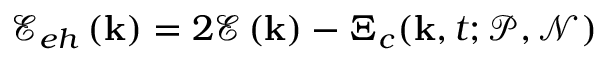
\mathcal { E } _ { e h } \left( \mathbf { k } \right) = 2 \mathcal { E } \left( \mathbf { k } \right) - \Xi _ { c } ( \mathbf { k } , t ; \mathcal { P } , \mathcal { N } )